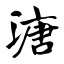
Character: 溏